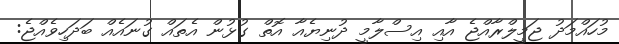
މުހައްމަދު ޖަމީލްރާއްޖެ އާއި އިސްލާމީ ދުނިޔެއާ އޮތް ގުޅުން އެތައް ގުނައެއް ބަދަހިވެއްޖެ: